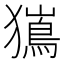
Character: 𭸯